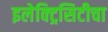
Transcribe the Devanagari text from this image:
इलेक्ट्रिसिटीचा